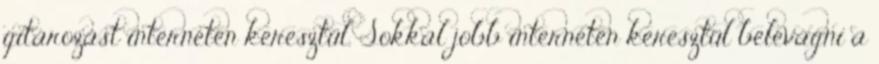
gitározást interneten keresztül. Sokkal jobb interneten keresztül belevágni a